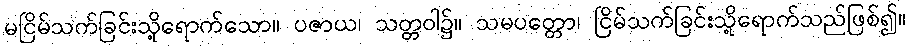
မငြိမ်သက်ခြင်းသို့ရောက်သော။ ပဇာယ၊ သတ္တဝါ၌။ သမပတ္တော၊ ငြိမ်သက်ခြင်းသို့ရောက်သည်ဖြစ်၍။